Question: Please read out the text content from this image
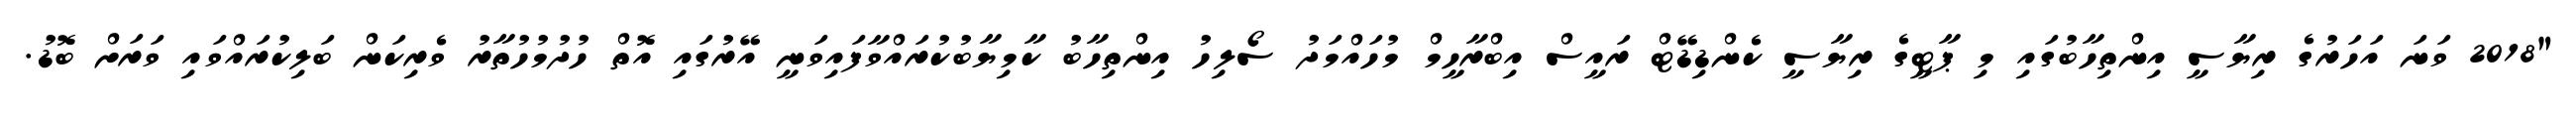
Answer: "2018 ވަނަ އަހަރުގެ ރިޔާސީ އިންތިހާބުގައި މި ޕާޓީގެ ރިޔާސީ ކެންޑިޑޭޓް ރައީސް އިބްރާހީމް މުހައްމަދު ސޯލިހު އިންތިހާބު ކާމިޔާބުކުރައްވާފައިވަނީ އޭރުގައި އޮތް ހުދުމުހުތާރު ވެރިކަން ބަލިކުރައްވައި ވަރަށް ބޮޑު.